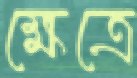
ক্ষেত্রে